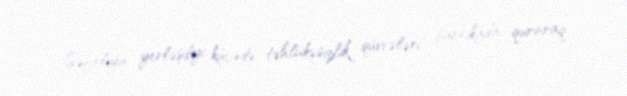
Səfirliyin yerləşdiyi küçədə təhlükəsizlik qüvvələri barrikada quraraq